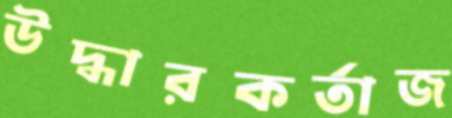
উদ্ধারকর্তাজ